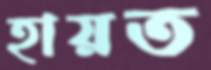
হায়ত